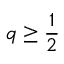
q \geq \frac { 1 } { 2 }